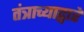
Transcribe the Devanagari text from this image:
तंत्राच्याद्वारे